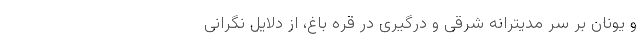
و یونان بر سر مدیترانه شرقی و درگیری در قره باغ، از دلایل نگرانی